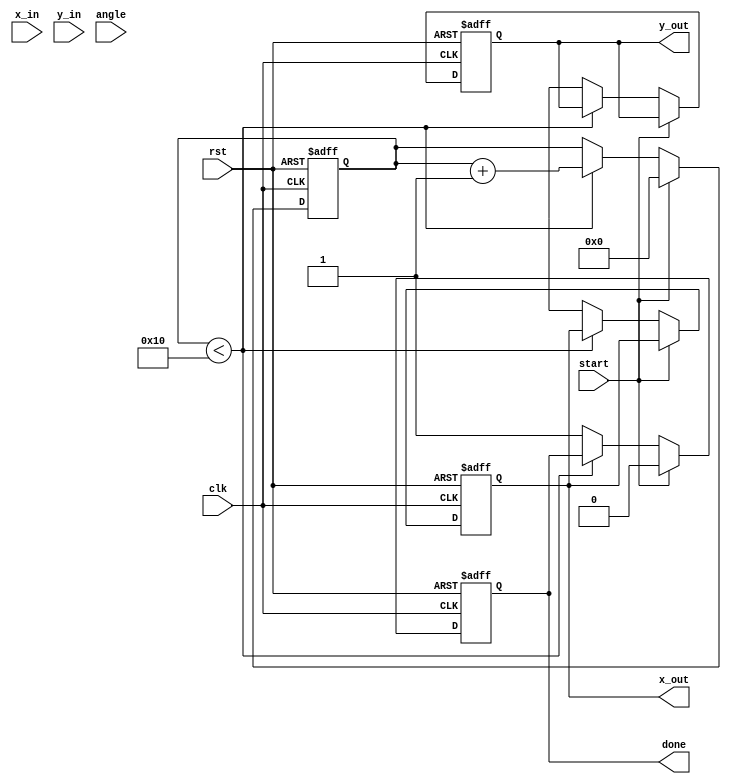
module cordic_2d (
    input wire clk,
    input wire rst,
    input wire start,
    input wire [15:0] x_in, // Input x
    input wire [15:0] y_in, // Input y
    input wire [15:0] angle, // Input angle for rotation in radians
    output reg [15:0] x_out, // Output x
    output reg [15:0] y_out, // Output y
    output reg done // Operation completion flag
);
    parameter NUM_ITERATIONS = 16; // Number of iterations
    reg [15:0] x[0:NUM_ITERATIONS-1]; // X coordinates
    reg [15:0] y[0:NUM_ITERATIONS-1]; // Y coordinates
    reg [15:0] angle_reg; // Current angle
    reg [3:0] iteration; // Iteration counter
    reg [15:0] K[0:NUM_ITERATIONS-1]; // Scaling factors
    reg [15:0] atan_lookup[0:NUM_ITERATIONS-1]; // Lookup table for atan

    // Initialize the atan lookup table
    initial begin
        atan_lookup[0] = 16'h0000; // atan(0) = 0
        atan_lookup[1] = 16'h0C90; // atan(1) = /4 in fixed-point
        // More values for atan(1/2), atan(1/4), ..., etc.
        // ...
    end

    // Initialize the scaling factors (K)
    initial begin
        K[0] = 16'h1C; // Scaling factor for first iteration
        K[1] = 16'h16; // Scaling factor for second iteration
        // More values for scaling factors
        // ...
    end

    always @(posedge clk or posedge rst) begin
        if (rst) begin
            x_out <= 16'b0;
            y_out <= 16'b0;
            done <= 1'b0;
            iteration <= 0;
        end else if (start) begin
            x[0] <= x_in;
            y[0] <= y_in;
            angle_reg <= angle;
            iteration <= 0;
            done <= 1'b0;
        end else if (iteration < NUM_ITERATIONS) begin
            // CORDIC iteration
            if (angle_reg >= 0) begin
                x[iteration + 1] <= x[iteration] - (y[iteration] >> iteration);
                y[iteration + 1] <= y[iteration] + (x[iteration] >> iteration);
                angle_reg <= angle_reg - atan_lookup[iteration];
            end else begin
                x[iteration + 1] <= x[iteration] + (y[iteration] >> iteration);
                y[iteration + 1] <= y[iteration] - (x[iteration] >> iteration);
                angle_reg <= angle_reg + atan_lookup[iteration];
            end
            
            // Update x, y for the next iteration
            x[iteration + 1] <= x[iteration + 1] * K[iteration]; 
            y[iteration + 1] <= y[iteration + 1] * K[iteration];
            iteration <= iteration + 1;
        end else begin
            // Output final results
            x_out <= x[NUM_ITERATIONS];
            y_out <= y[NUM_ITERATIONS];
            done <= 1'b1; // Indicate completion
        end
    end
endmodule